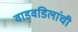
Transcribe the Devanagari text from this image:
वाडवडिलांची